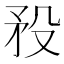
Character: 𥍟